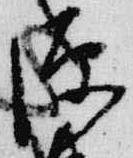
源